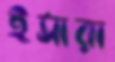
ইসারা